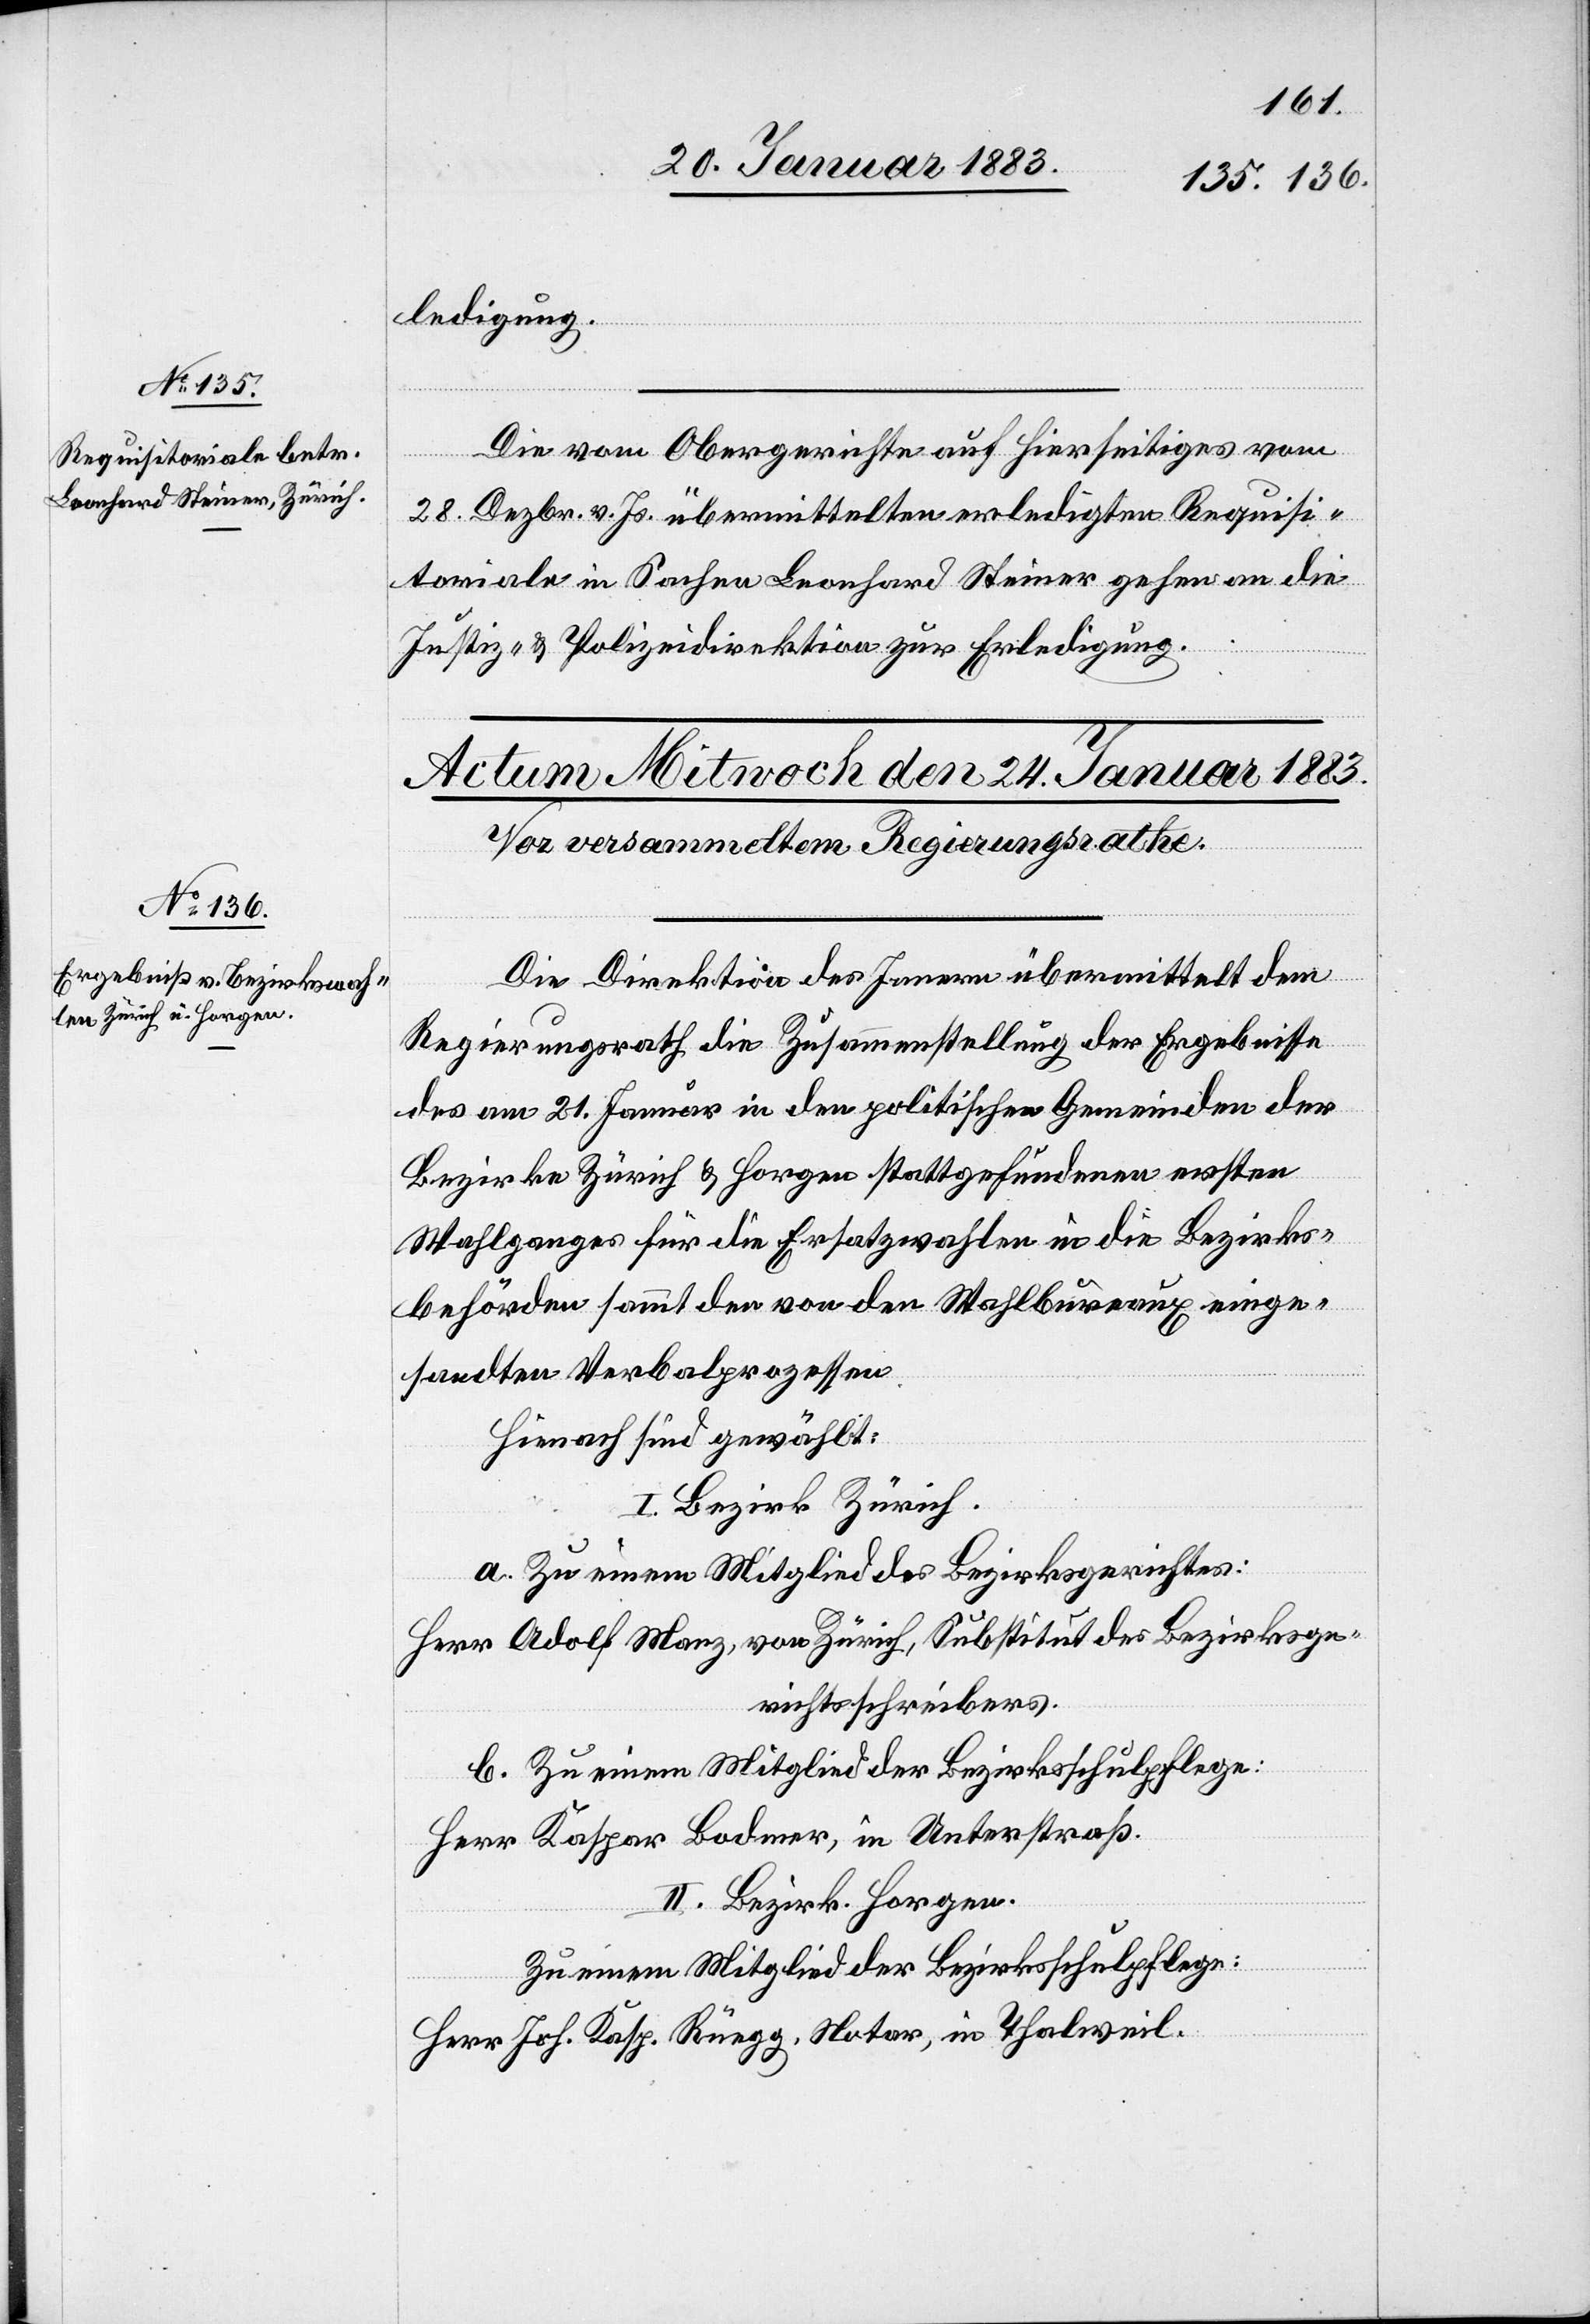
23. Januar 1883]
ledigung.
Die vom Obergerichte auf Hierseitiges vom
28. Dezbr. v. Js. übermittelten erledigten Requisi¬
toriale in Sachen Leonhard Steiner gehen an die
Justiz- & Polizeidirektion zur Erledigung.
Die Direktion des Innern übermittelt dem
Regierungsrath die Zusammenstellung der Ergebnisse
des am 21. Januar in den politischen Gemeinden der
Bezirke Zürich & Horgen stattgefundenen W¬
ahlganges für die Ersatzwahlen in die Bezirks¬
behörden sammt den von den Wahlbureaux einge¬
sandten Verbalprozessen.
Hienach sind gewählt:
I. Bezirk Zürich.
a. Zu einem Mitglied des Bezirksgerichtes:
Herr Adolf Manz, von Zürich, Substitut des Bezirksge¬
richtsschreibers.
b. Zu einem Mitglied der Bezirksschulpflege:
Herr Kaspar Bodmer, in Unterstraß.
II. Bezirk Horgen.
Zu einem Mitglied der Bezirksschulpflege:
Herr Joh. Kasp. Rüegg, Notar, in Thalweil.